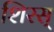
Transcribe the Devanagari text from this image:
शिरस्